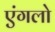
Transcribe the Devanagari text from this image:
एंगलो